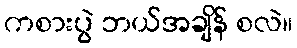
ကစားပွဲ ဘယ်အချိန် စလဲ။